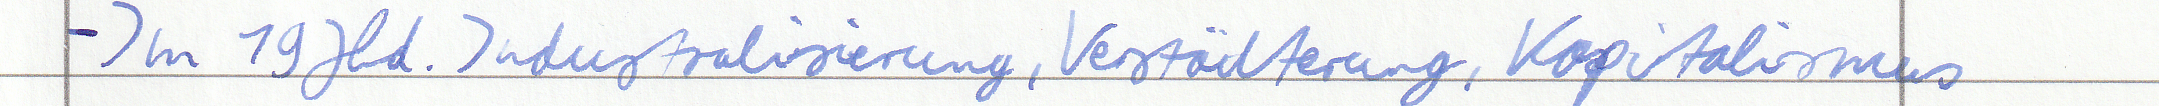
- Im 19 Jhd. Industralisierung, Verstädterung, Kapitalismus